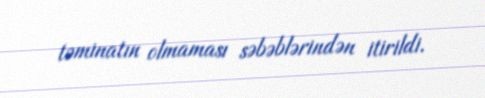
təminatın olmaması səbəblərindən itirildi.